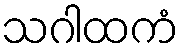
သဂါထကံ